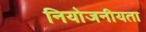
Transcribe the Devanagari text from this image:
नियोजनीयता